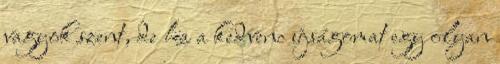
vagyok szent, de ha a kedvenc újságomat egy olyan